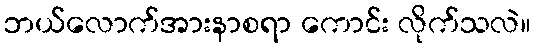
ဘယ်လောက်အားနာစရာ ကောင်း လိုက်သလဲ။